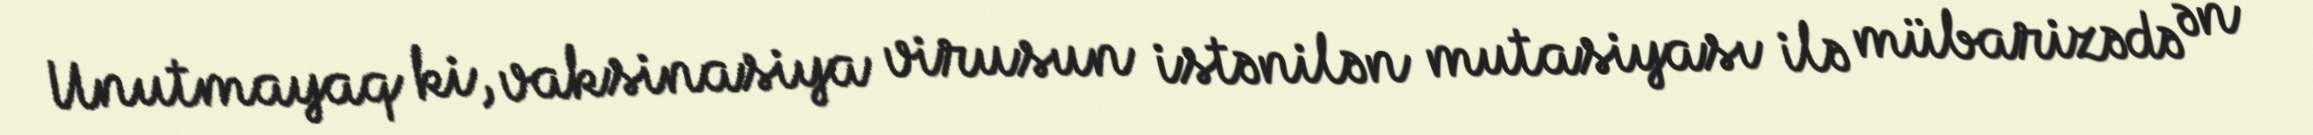
Unutmayaq ki, vaksinasiya virusun istənilən mutasiyası ilə mübarizədə ən